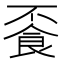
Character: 䬩